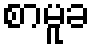
စာမူခ